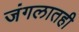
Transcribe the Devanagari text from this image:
जंगलातही